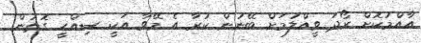
އާއްމުކޮށް ރޯދަ ވީއްލުމަށް ބޭނުން ކުރާ އެ މޭވާ އަކީ ސިއްހީ ގޮތުން